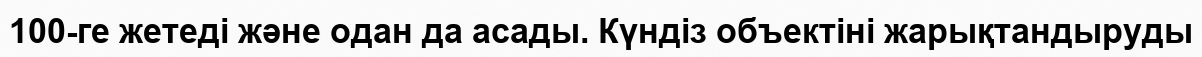
100-ге жетеді және одан да асады. Күндіз объектіні жарықтандыруды